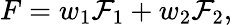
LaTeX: F=w_{1}\mathcal{F}_{1}+w_{2}\mathcal{F}_{2},